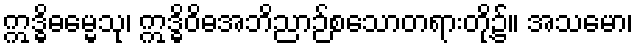
ဣဒ္ဓိဓမ္မေသု၊ ဣဒ္ဓိဝိဓအဘိညာဉ်စသောတရားတို့၌။ အသမော၊